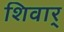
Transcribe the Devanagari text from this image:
शिवार्